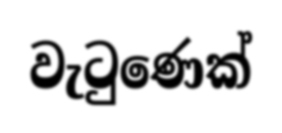
වැටුණෙක්